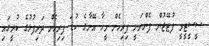
ސީސީޓީވީ ފުޓޭޖުން ފެންނަނީ ފިރިހެން މީހާ އޭނާގެ ކުޑަ ފިރިހެން ދަރިފުޅުގެ ކުރީގައި